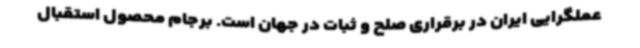
عملگرایی ایران در برقراری صلح و ثبات در جهان است. برجام محصول استقبال